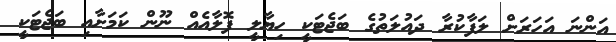
އަންނަ އަހަރަށް ލަފާކުރާ ދައުލަތުގެ ބަޖެޓަކީ ހިޔާލީ ފޮލާއެއް ނޫން ކަމަށާއި ބަޖެޓަކީ